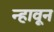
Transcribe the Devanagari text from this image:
न्हावून